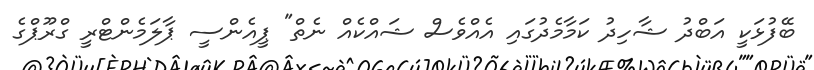
ބޭފުޅަކީ އަބްދު ޝާހިދު ކަމާމެދުގައި އެއްވެސް ޝައްކެއް ނެތް" ޕީއެންސީ ޕާލަމެންޓްރީ ގްރޫޕްގެ